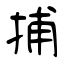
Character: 捕